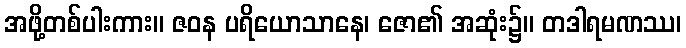
အဖို့တစ်ပါးကား။ ဇဝန ပရိယောသာနေ၊ ဇော၏ အဆုံး၌။ တဒါရမဏဿ၊